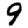
Digit: 9